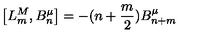
\left[ L _ { m } ^ { M } , B _ { n } ^ { \mu } \right] = - ( n + \frac { m } { 2 } ) B _ { n + m } ^ { \mu }